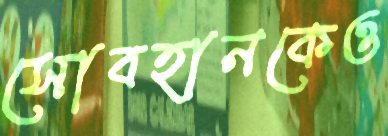
সোবহানকেও